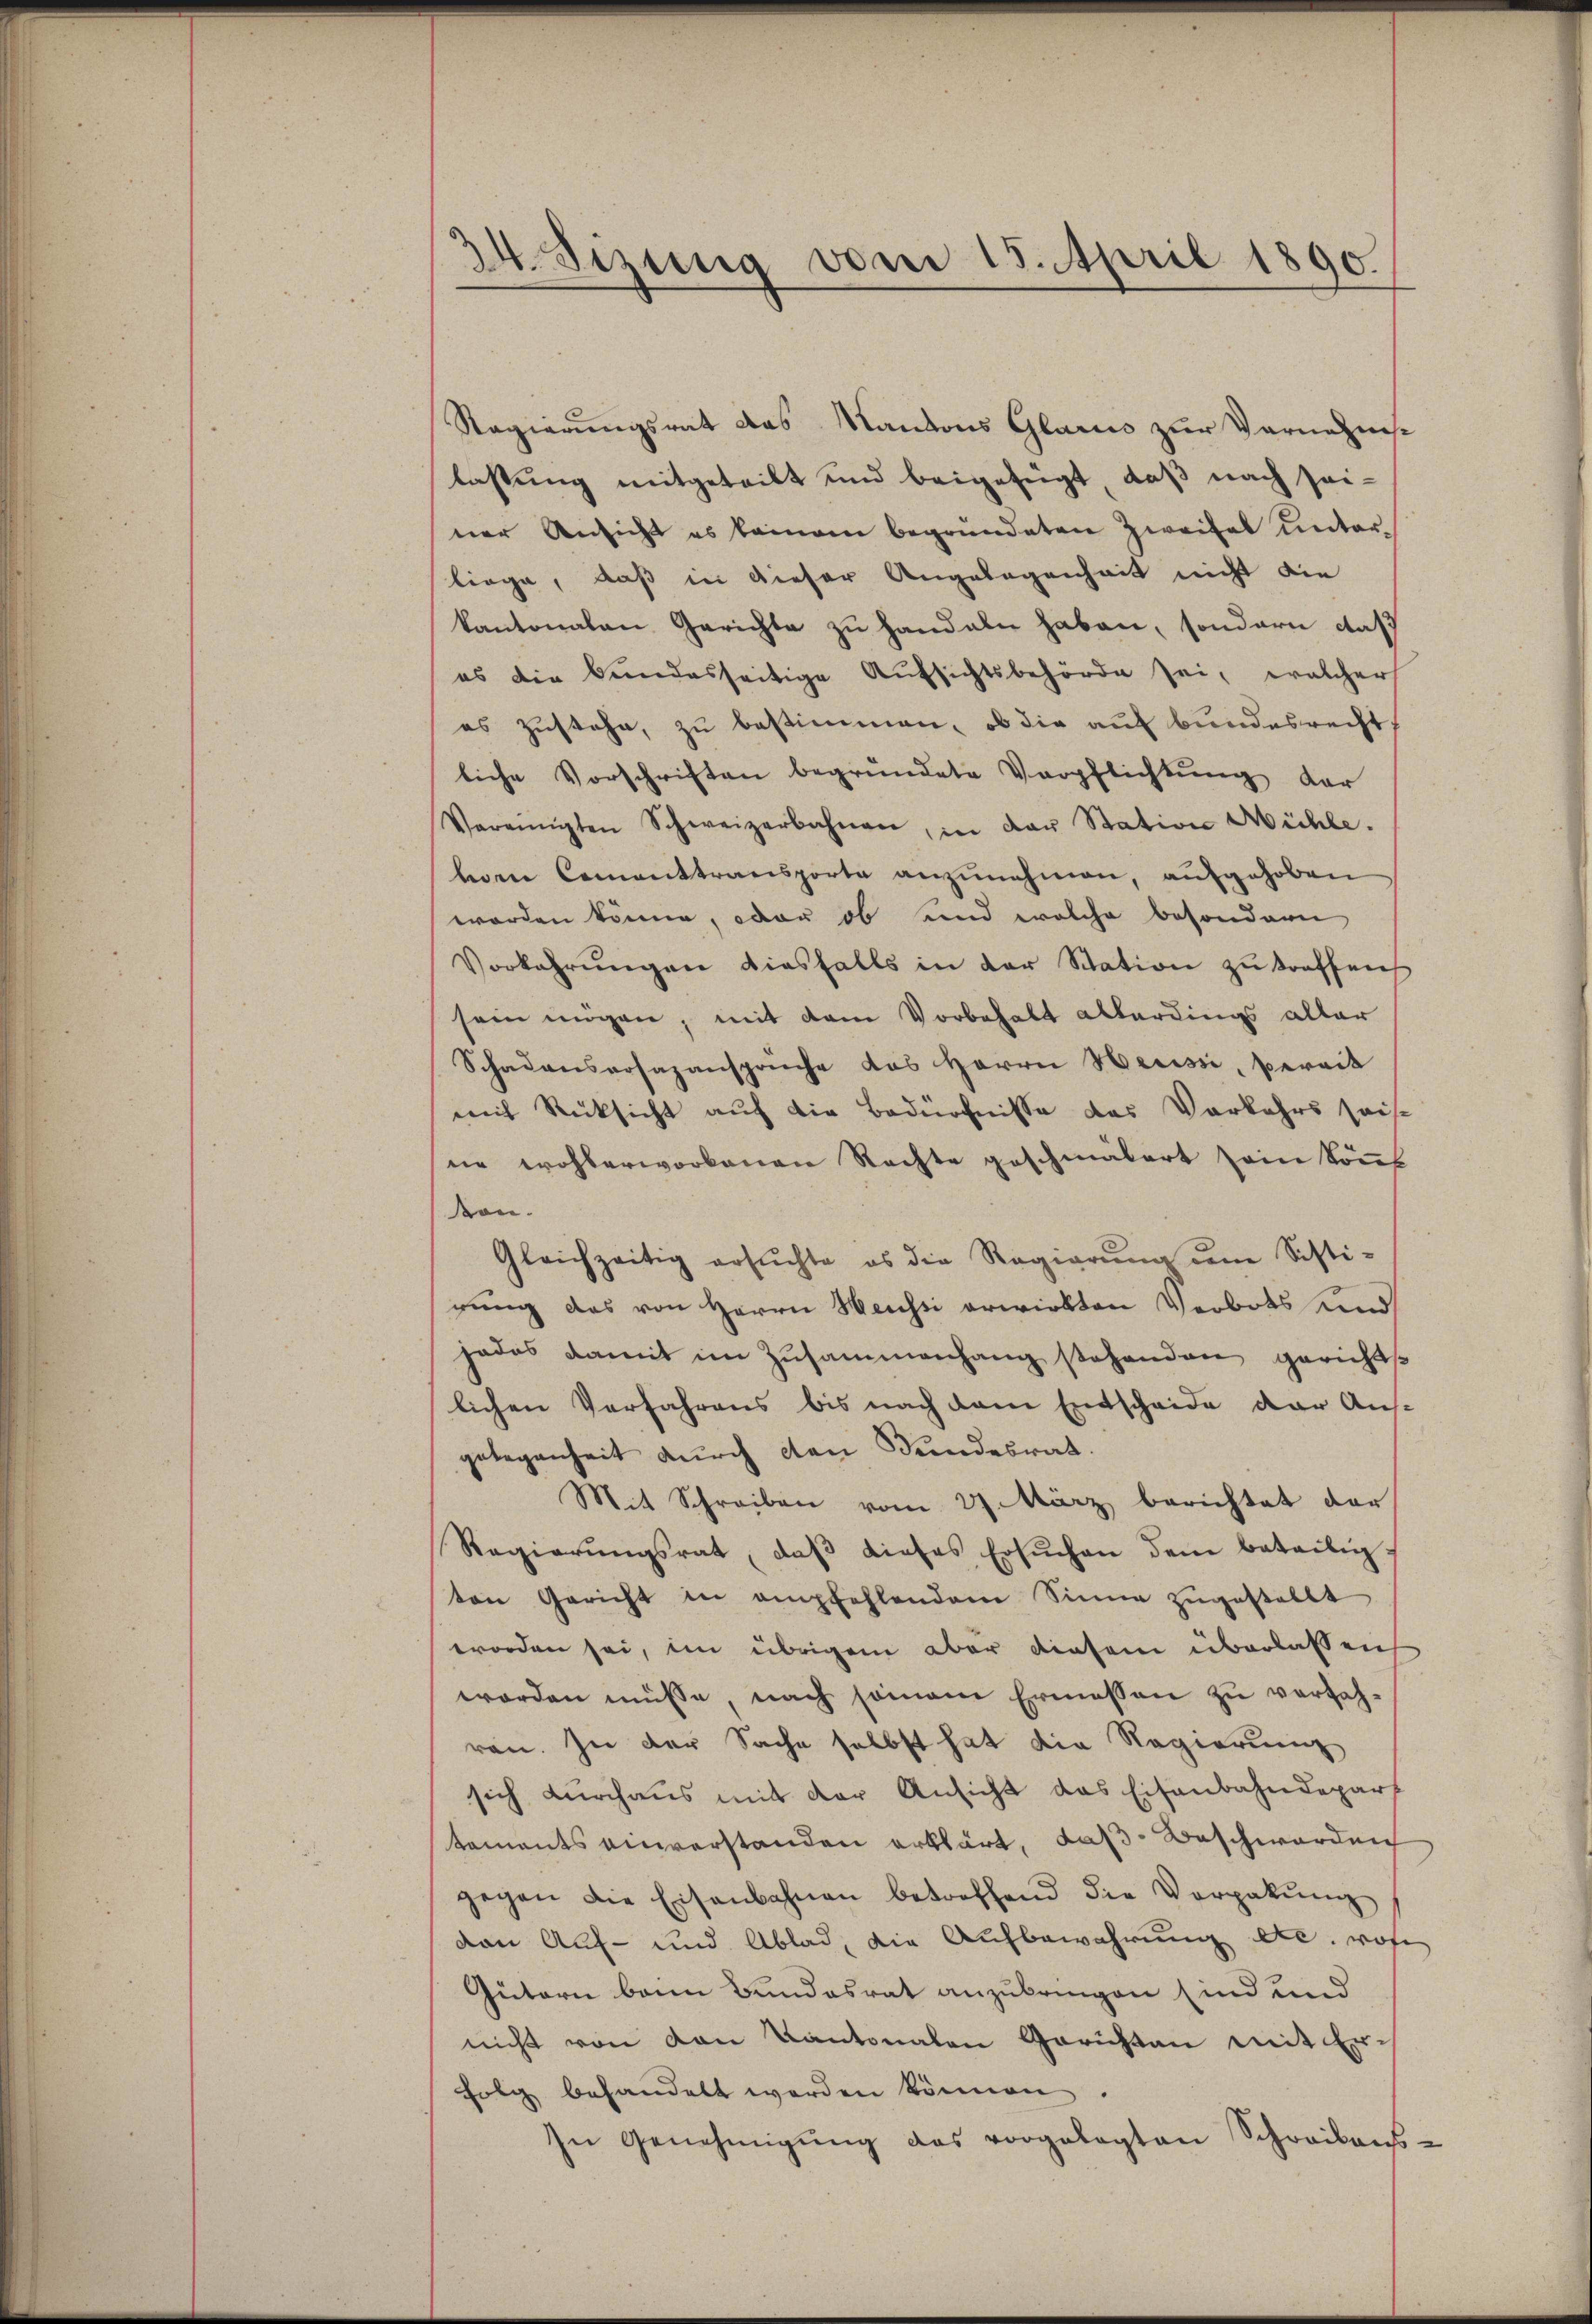
A Sizung vom 15. April 1890.

Regierungsrat das Kantons Glarii zur Vornahmslassung mitgeteilt und beigefügt, daß nach sei-
ner Ansicht es keinem begründeten Zweifel unterliege, daß in dieser Angelegenheit nicht die
kantonalen Gerichte zu handeln haben, sondern daß
es die bundesseitige Aufsichtsbehörde sei, welcher
es zustehe, zu bestimmen, ob die auf bundesrecht,
liche Vorschriften begründete Verpflichtŭng der
Vereinigten Schweizerbahnen, in der Station Mühle.
bon Cementtransporte anzŭnehmen, aufgehoben
worden könne, oder ob und welche besondern
Vorkahrŭngen diesfalls in der Station zŭ treffen
sein mögen, mit dem Vorbehalt allerdings aller
Schadensersazansprüche das Herrn Herisse, bereit
mit Rücksicht auf die Bedürfnisse des Vorkehrs sais
ne wohlerworbenen Rechte geschmälert sein könne
don.
Gleichzeitig ersŭchte es die Regierŭng dem Sisti-
rung das von Herrn Heussi erwirkten Verbots und
jados damit im Zusammenhang stehenden gerichts
lichen Verfahrens bis nach dem Entscheide der Ausgelegenheit durch den Bundesrat.
Mit Schreiben vom 27. März berichtet der
Regierŭngsrat, daβ dieses Ersŭchen dem beteilig-
ton Gericht in empfehlendem Sinne zŭgestellt
worden sei, im übrigem aber diesem überlassen
worden müsse, nach seinem Ermessen zu verfahren. In der Sache selbst hat die Regierung
sich durchaus mit der Ansicht das Eisenbahndepart
tements einverstanden erklärt, daß Beschwerden
gegen die Eisenbahnen betreffend die Verpakŭng
dan Auf- und Ablad, die Aŭfbewahrŭng etc. woh
Gütern beim Bundesrat anzubringen sind und
nicht von den Kantonalen Gerichten mit Erfolg behandelt werden können.
In Genehmigŭng des vorgelegten Schreibens-